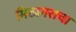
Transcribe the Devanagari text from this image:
मिठागराचा